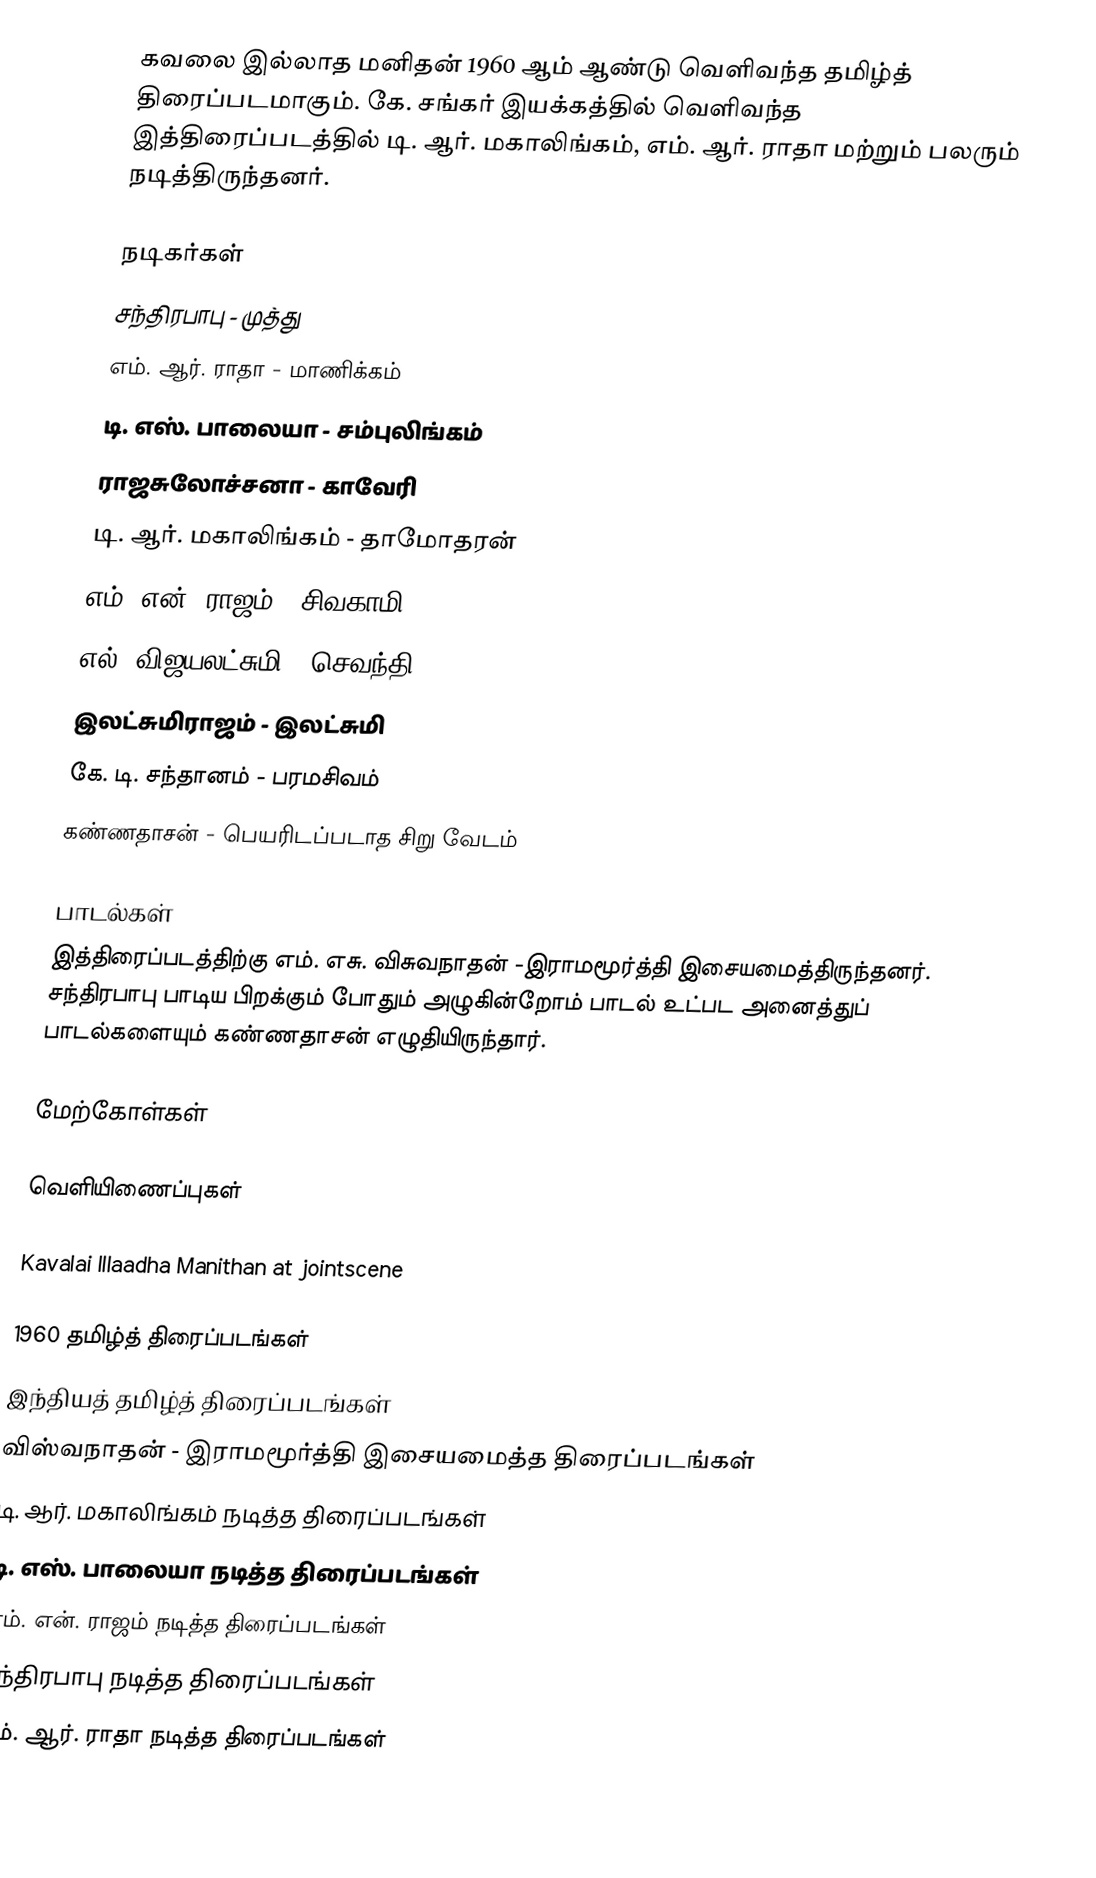
கவலை இல்லாத மனிதன் 1960 ஆம் ஆண்டு வெளிவந்த தமிழ்த் திரைப்படமாகும். கே. சங்கர் இயக்கத்தில் வெளிவந்த இத்திரைப்படத்தில் டி. ஆர். மகாலிங்கம், எம். ஆர். ராதா மற்றும் பலரும் நடித்திருந்தனர்.

நடிகர்கள்
 சந்திரபாபு - முத்து
 எம். ஆர். ராதா - மாணிக்கம்
 டி. எஸ். பாலையா - சம்புலிங்கம்
 ராஜசுலோச்சனா - காவேரி
 டி. ஆர். மகாலிங்கம் - தாமோதரன்
 எம். என். ராஜம் - சிவகாமி
 எல். விஜயலட்சுமி - செவந்தி
 இலட்சுமிராஜம் - இலட்சுமி
 கே. டி. சந்தானம் - பரமசிவம்
 கண்ணதாசன் - பெயரிடப்படாத சிறு வேடம்

பாடல்கள்
இத்திரைப்படத்திற்கு எம். எசு. விசுவநாதன் -இராமமூர்த்தி இசையமைத்திருந்தனர். சந்திரபாபு பாடிய பிறக்கும் போதும் அழுகின்றோம் பாடல் உட்பட அனைத்துப் பாடல்களையும் கண்ணதாசன் எழுதியிருந்தார்.

மேற்கோள்கள்

வெளியிணைப்புகள்

 Kavalai Illaadha Manithan at jointscene

1960 தமிழ்த் திரைப்படங்கள்
இந்தியத் தமிழ்த் திரைப்படங்கள்
விஸ்வநாதன் - இராமமூர்த்தி இசையமைத்த திரைப்படங்கள்
டி. ஆர். மகாலிங்கம் நடித்த திரைப்படங்கள்
டி. எஸ். பாலையா நடித்த திரைப்படங்கள்
எம். என். ராஜம் நடித்த திரைப்படங்கள்
சந்திரபாபு நடித்த திரைப்படங்கள்
எம். ஆர். ராதா நடித்த திரைப்படங்கள்